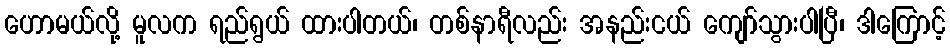
ဟောမယ်လို့ မူလက ရည်ရွယ် ထားပါတယ်၊ တစ်နာရီလည်း အနည်းငယ် ကျော်သွားပါပြီ၊ ဒါကြောင့်